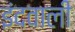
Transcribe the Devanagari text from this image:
इंदवाली